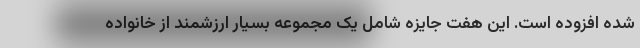
شده افزوده است. این هفت جایزه شامل یک مجموعه بسیار ارزشمند از خانواده